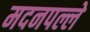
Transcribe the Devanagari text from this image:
मदनपल्ले